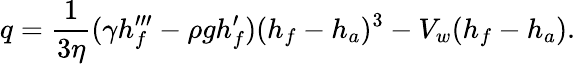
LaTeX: q={\frac{1}{3\eta}}(\gamma h_{f}^{\prime\prime\prime}-\rho gh_{f}^{\prime})(h_{f}-h_{a})^{3}-V_{w}(h_{f}-h_{a}).